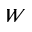
W